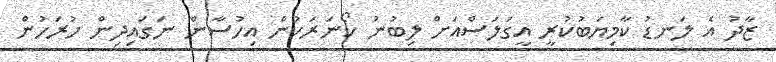
ޒާދު އެ ލަނޑު ކާމިޔަބުކުރީ އީގަލަސްއަށް ލިބުނު ކޯނަރަކުން އިހުސާން ނަގައިދިން ހުރަހުން